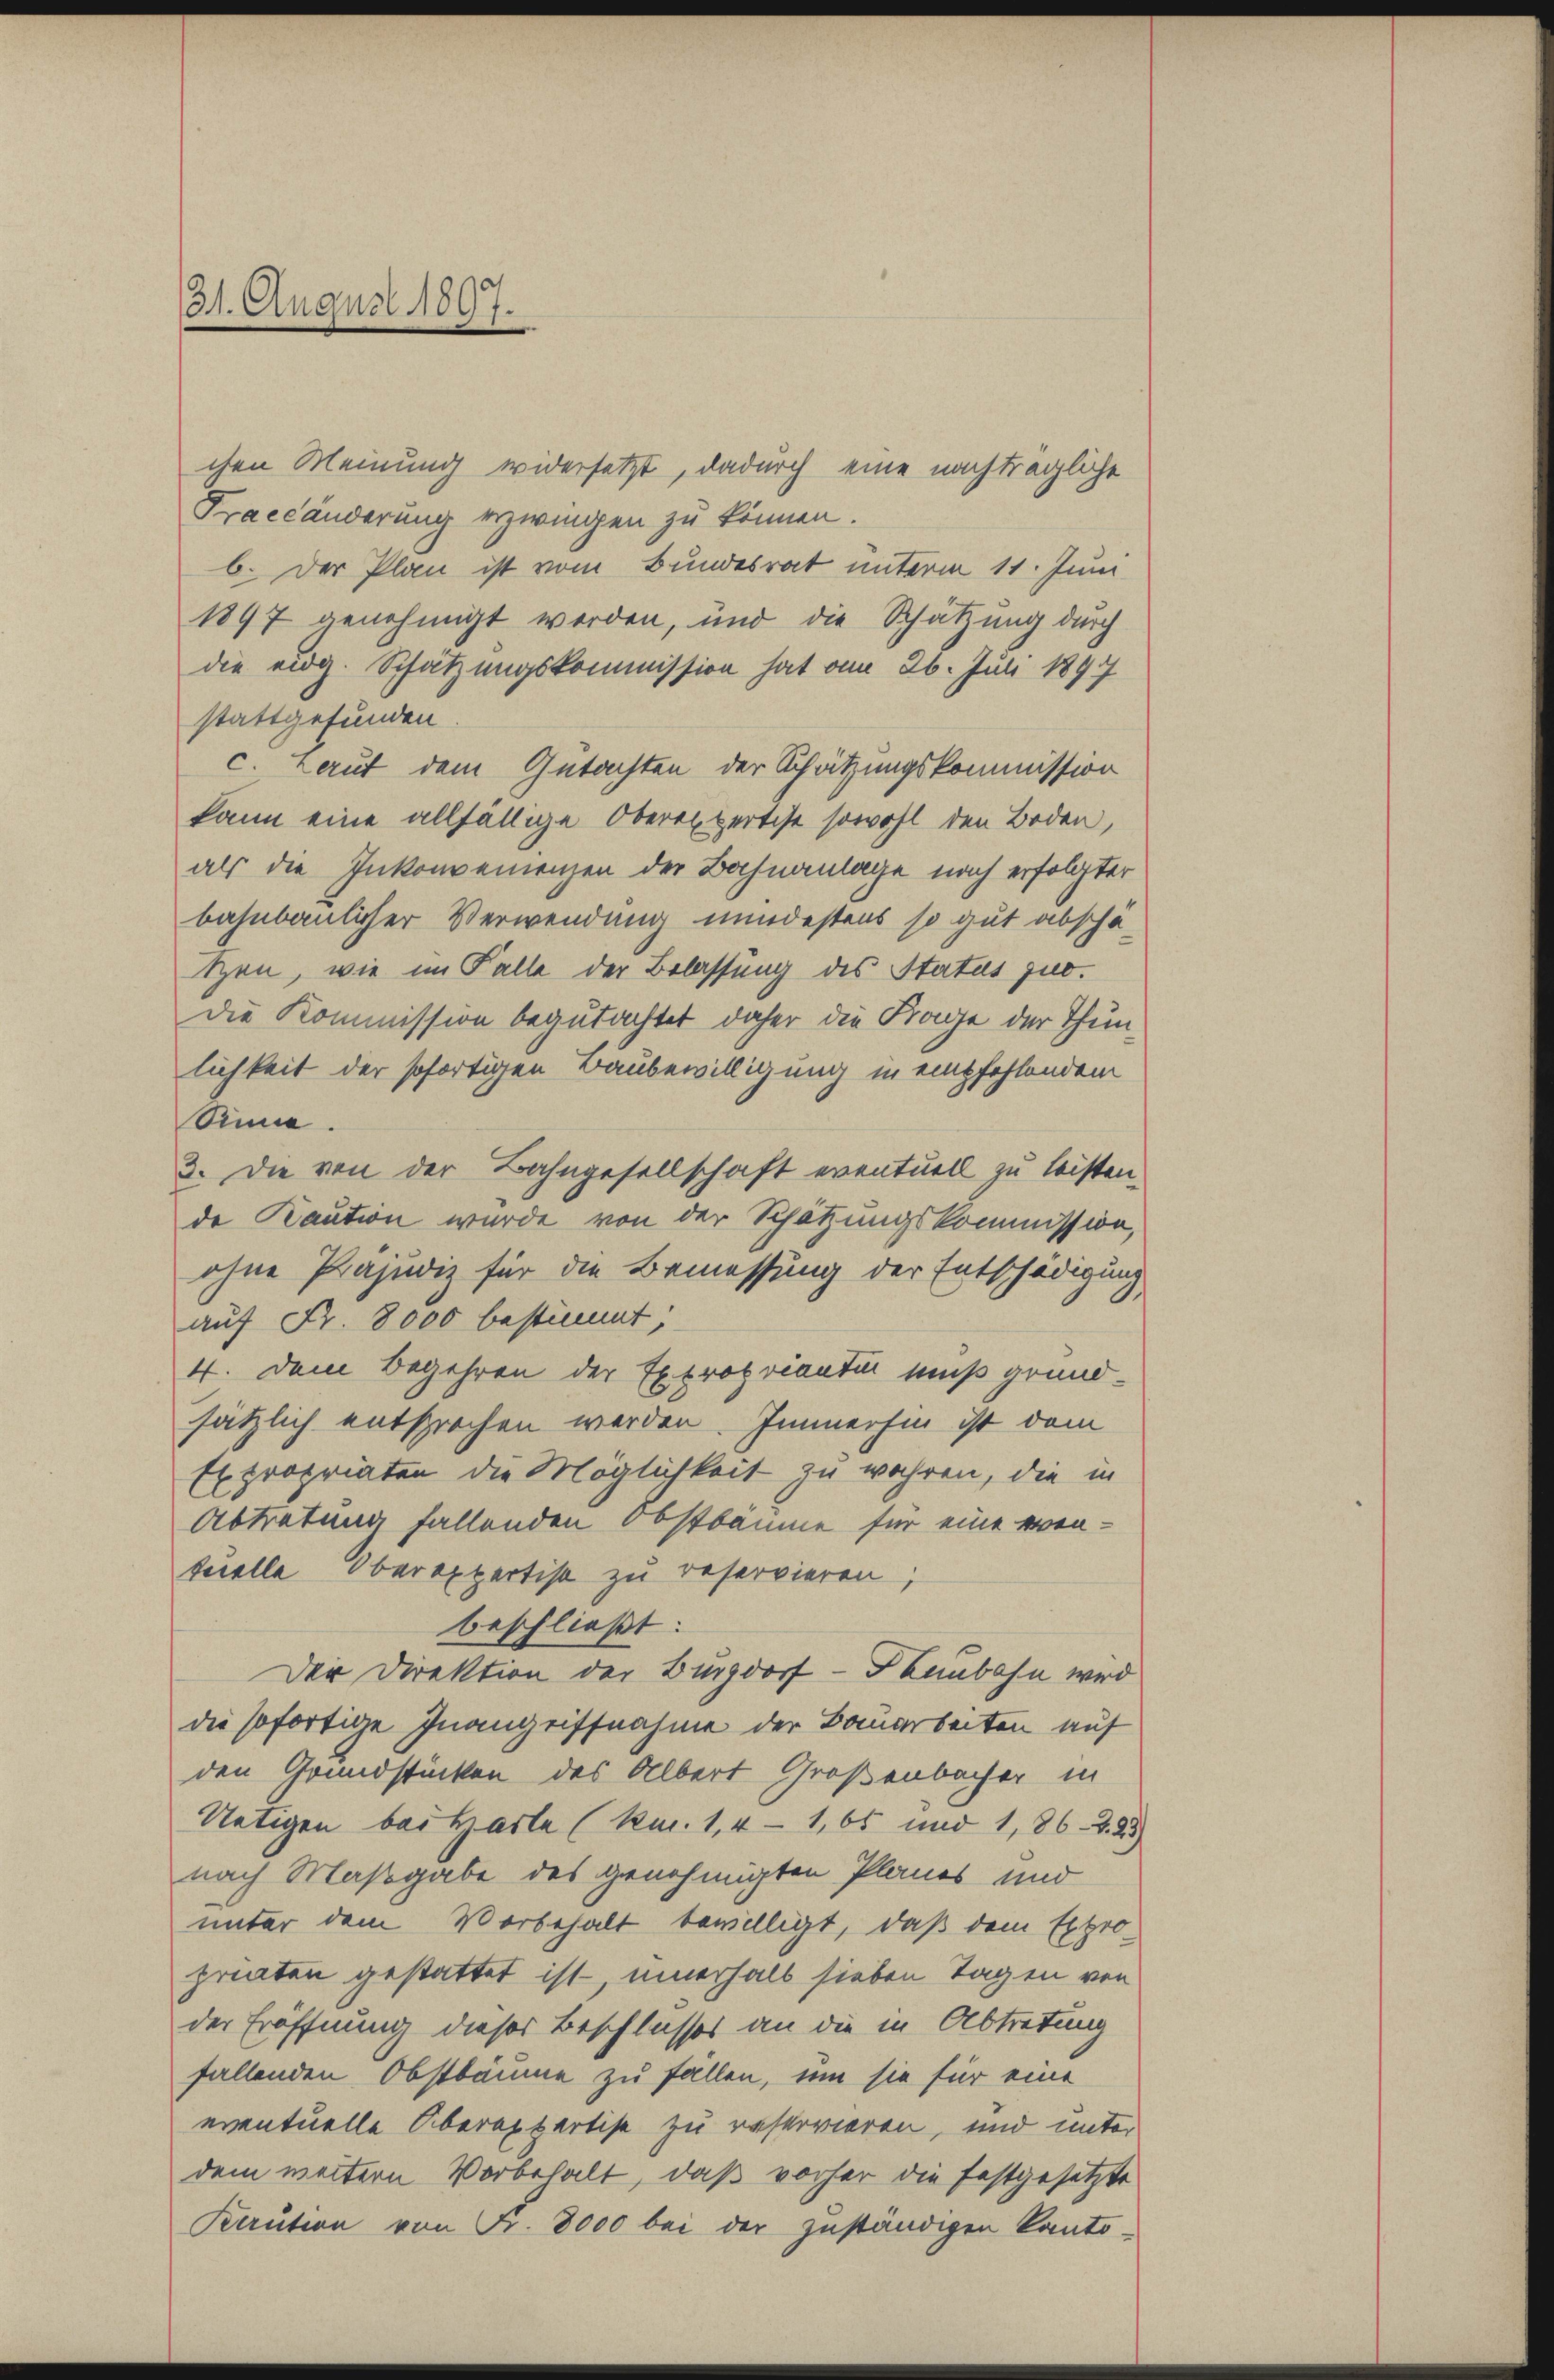
31. August 1897.

chen Meinung widersetzt, dadurch eine nachträgliche
Fraeländerung erzwingen zu können.
b. Der Plan ist vom Bundesrat unterm 11. Juni
1897 genehmigt werden, und die Schätzung durch
die eidg. Schätzungskommission hat am 26. Juli 1897
stattgefunden
c. Laut dem Gutachten der Schätzungskommission
kann eine allfällige Oberexpertise sowohl den Boden,
als die Inkonvenienzen der Bahnanlage nach erfolgter
bahnbaulicher Verwendung mindestens so gut abschäten, wie im Falle der Belassung des Status jur.
die Kommission begutachtet daher die Frage der Thunlichkeit der sofortigen Baubewilligung in empfehlendem
Sinne
3. Die von der Bahngesellschaft eventuell zu leisten.
de Kaution wurde von der Schätzungskommission,
ohne Präjudiz für die Bemessung der Entschädigung
auf Nr. 8000 bestimmt:
4. Dem Begehren der Expropriantur muß grundsätzlich entsprochen werden. Immerhin ist dem
Expropriaten die Möglichkeit zu wahren, die in
Abtretung fallenden Obstbäume für eine eventielle Oberexpertise zu reservieren;
beschließt:
Der Direktion der Burgdorf - Haubahn wird
die sofortige Inangriffnahme der Bauarbeiten auf
den Grundstücken des Albert Großenbacher in
Nötigen bei Harte (km. 1,4 - 1,65 und 1, 862. 95
nach Maßgabe des genehmigten Planes und
unter dem Vorbehalt bewilligt, daß dem Expro-
priaten gestattet ist, innerhalb sieben Tagen von
der Eröffnung dieser Beschlusses an die in Abtretung
fallenden Obstbäume zu fallen, um sie für eine
eventuelle Oberappartise zu restorieren, und unter
dem weitern Vorbehalt, daß vorher die festgesetzte
Kaution von Fr. 8000 bei der zuständigen Kanto¬